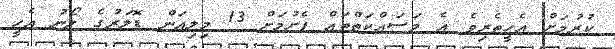
ކުރުމަށް އެހީތެރިވެ އެ މަސައްކަތްތައް ފެށުމަށް 13 މިލިއަން ޑޮލަރުގެ ލޯނު އެހީ